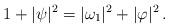
LaTeX: \begin{align*}1+|\psi|^2=|\omega_1|^2+|\varphi|^2\, .\end{align*}